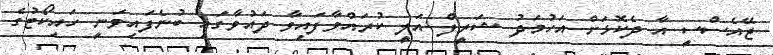
ޖޭއެސްސީ އާ ދެކޮޅަށް އަހުމަދު ޝަރީފް އަލީ ކުރައްވާފައިވާ ދައުވާގައި ބުނެފައިވަނީ ހައިކޯޓުގެ